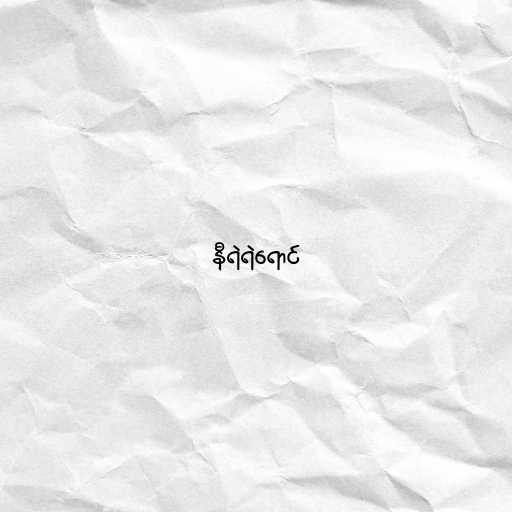
နီရဲရဲရောင်